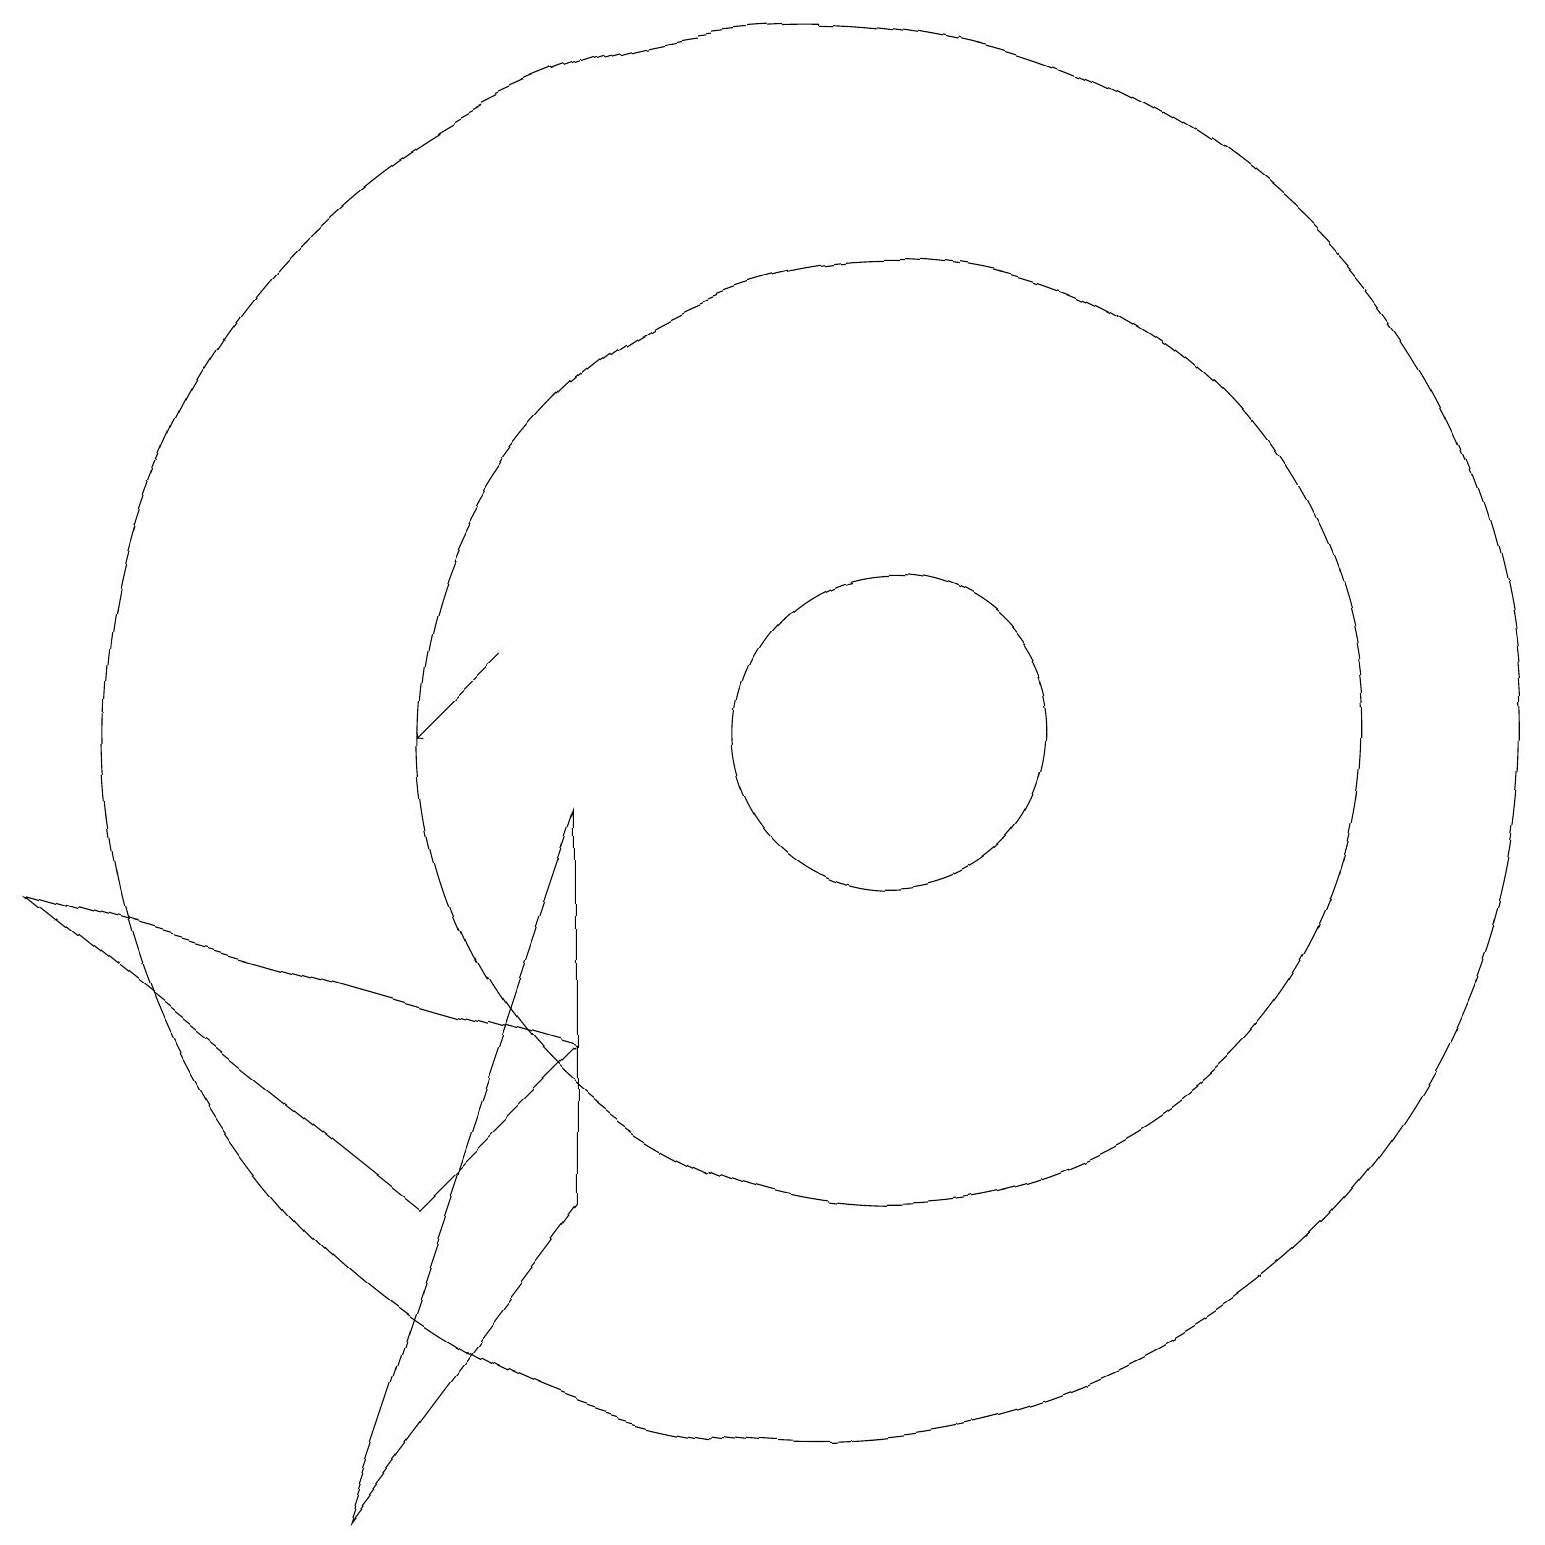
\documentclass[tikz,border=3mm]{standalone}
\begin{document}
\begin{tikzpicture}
\draw (12,11) circle (0);
\draw (10,10) circle (0);
\draw (11,10) circle (6);
\draw (10,10) circle (9);
\draw (11,10) circle (2);
\draw[->] (6,11) -- (5,10);
\draw (7,6) -- (5,4) -- (0,8) -- cycle;
\draw (4,0) -- (7,4) -- (7,9) -- cycle;
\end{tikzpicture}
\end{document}